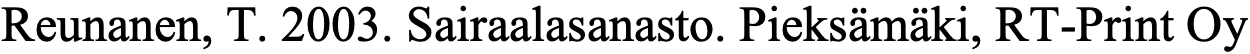
Reunanen, T. 2003. Sairaalasanasto. Pieksämäki, RT-Print Oy